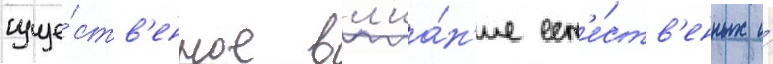
суще́ств'енное вл'иа́н'ие ест'е́ств'енных и́